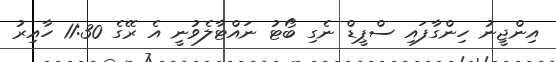
އިންޖީނު ހިންގާފައި ސްޕީޑް ނެގި ބޯޓު ނައްޓާލެވުނީ އެ ރޭގެ 11:30 ހާއިރު